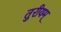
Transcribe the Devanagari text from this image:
तुरीयम्